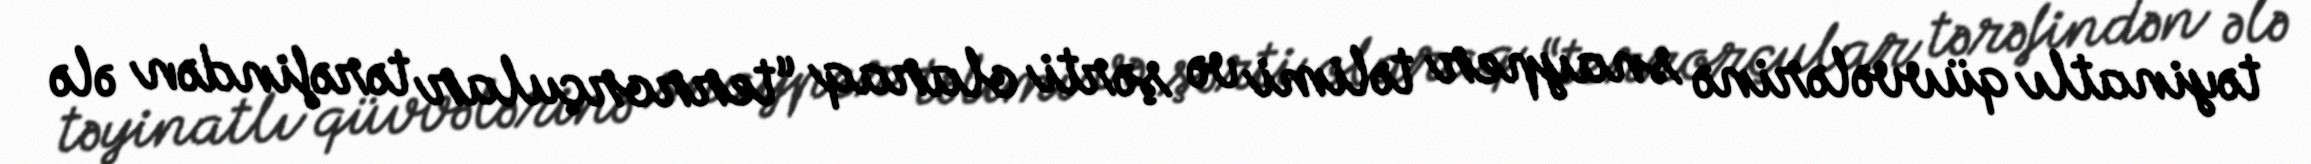
təyinatlı qüvvələrinə snayper təlimi və şərti olaraq “terrorçular tərəfindən ələ